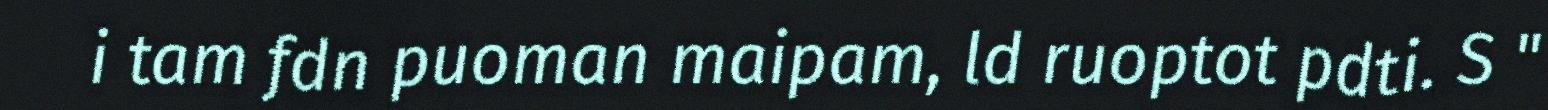
i tam fdn puoman maipam, ld ruoptot pdti. S "